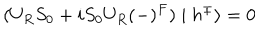
LaTeX: ( U _ { R } S _ { 0 } + i S _ { 0 } U _ { R } ( - ) ^ { F } ) \mid h ^ { \pm } \rangle = 0